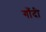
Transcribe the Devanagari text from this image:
गाँदी